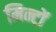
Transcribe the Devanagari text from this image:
मिन्टों